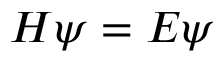
H \psi = E \psi